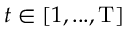
t \in [ 1 , . . . , \mathrm { T } ]